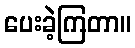
ပေးခဲ့ကြတာ။